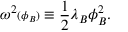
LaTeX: \omega ^ { 2 } { \scriptstyle ( \phi _ { B } ) } \equiv { \frac { 1 } { 2 } } \lambda _ { B } \phi _ { B } ^ { 2 } .